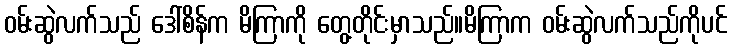
ဝမ်းဆွဲလက်သည် ဒေါ်စိန်က မိကြာကို တွေ့တိုင်းမှာသည်။မိကြာက ဝမ်းဆွဲလက်သည်ကိုပင်